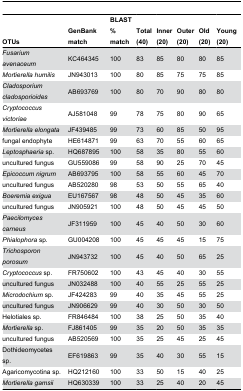
<table><thead><tr><td><b>OTUs</b></td><td><b>GenBank match</b></td><td><b>BLAST % match</b></td><td><b>Total (40)</b></td><td><b>Inner (20)</b></td><td><b>Outer (20)</b></td><td><b>Old (20)</b></td><td><b>Young (20)</b></td></tr></thead><tbody><tr><td><i>Fusarium avenaceum</i></td><td>KC464345 </td><td>100</td><td>83</td><td>85</td><td>80</td><td>80</td><td>85</td></tr><tr><td><i>Mortierella humilis</i></td><td>JN943013 </td><td>100</td><td>80</td><td>85</td><td>75</td><td>75</td><td>85</td></tr><tr><td><i>Cladosporium cladosporioides</i></td><td>AB693769 </td><td>100</td><td>80</td><td>70</td><td>90</td><td>80</td><td>80</td></tr><tr><td><i>Cryptococcus victoriae</i></td><td>AJ581048 </td><td>99</td><td>78</td><td>75</td><td>80</td><td>90</td><td>65</td></tr><tr><td><i>Mortierella elongata</i></td><td>JF439485 </td><td>99</td><td>73</td><td>60</td><td>85</td><td>50</td><td>95</td></tr><tr><td>fungal endophyte</td><td>HE614871 </td><td>99</td><td>63</td><td>70</td><td>55</td><td>60</td><td>65</td></tr><tr><td><i>Leptosphaeria</i> sp.</td><td>HQ687895 </td><td>100</td><td>58</td><td>35</td><td>80</td><td>55</td><td>60</td></tr><tr><td>uncultured fungus</td><td>GU559086 </td><td>99</td><td>58</td><td>90</td><td>25</td><td>70</td><td>45</td></tr><tr><td><i>Epicoccum nigrum</i></td><td>AB693795 </td><td>100</td><td>58</td><td>55</td><td>60</td><td>45</td><td>70</td></tr><tr><td>uncultured fungus</td><td>AB520280 </td><td>98</td><td>53</td><td>50</td><td>55</td><td>65</td><td>40</td></tr><tr><td><i>Boeremia exigua</i></td><td>EU167567 </td><td>98</td><td>48</td><td>50</td><td>45</td><td>35</td><td>60</td></tr><tr><td>uncultured fungus</td><td>JN905921 </td><td>100</td><td>48</td><td>50</td><td>45</td><td>45</td><td>50</td></tr><tr><td><i>Paecilomyces carneus</i></td><td>JF311959 </td><td>100</td><td>45</td><td>40</td><td>50</td><td>30</td><td>60</td></tr><tr><td><i>Phialophora</i> sp.</td><td>GU004208 </td><td>100</td><td>45</td><td>45</td><td>45</td><td>15</td><td>75</td></tr><tr><td><i>Trichosporon porosum</i></td><td>JN943732 </td><td>100</td><td>45</td><td>40</td><td>50</td><td>65</td><td>25</td></tr><tr><td><i>Cryptococcus</i> sp.</td><td>FR750602 </td><td>100</td><td>43</td><td>45</td><td>40</td><td>30</td><td>55</td></tr><tr><td>uncultured fungus</td><td>JN032488 </td><td>100</td><td>40</td><td>55</td><td>25</td><td>55</td><td>25</td></tr><tr><td><i>Microdochium</i> sp.</td><td>JF424283 </td><td>99</td><td>40</td><td>35</td><td>45</td><td>55</td><td>25</td></tr><tr><td>uncultured fungus</td><td>JN906629 </td><td>99</td><td>40</td><td>30</td><td>50</td><td>30</td><td>50</td></tr><tr><td>Helotiales sp. </td><td>FR846484 </td><td>100</td><td>38</td><td>25</td><td>50</td><td>35</td><td>40</td></tr><tr><td><i>Mortierella</i> sp.</td><td>FJ861405 </td><td>99</td><td>35</td><td>20</td><td>50</td><td>35</td><td>35</td></tr><tr><td>uncultured fungus</td><td>AB520569 </td><td>100</td><td>35</td><td>25</td><td>45</td><td>25</td><td>45</td></tr><tr><td>Dothideomycetes sp.</td><td>EF619863 </td><td>99</td><td>35</td><td>40</td><td>30</td><td>55</td><td>15</td></tr><tr><td>Agaricomycotina sp.</td><td>HQ212160 </td><td>100</td><td>33</td><td>50</td><td>15</td><td>40</td><td>25</td></tr><tr><td><i>Mortierella gamsii</i></td><td>HQ630339 </td><td>100</td><td>33</td><td>25</td><td>40</td><td>20</td><td>45</td></tr></tbody></table>